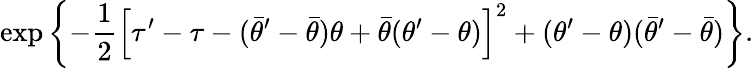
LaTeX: \exp\left\{ -\frac{1}{2}\Bigl[\tau^{\prime}-\tau-(\bar{\theta}^{\prime}-\bar{\theta})\theta+\bar{\theta}(\theta^{\prime}-\theta)\Bigr]^{2}+(\theta^{\prime}-\theta)(\bar{\theta}^{\prime}-\bar{\theta})\right\} .